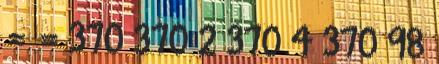
= = 370 370 2 370 4 370 98